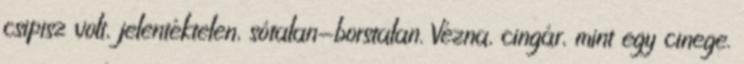
csipisz volt, jelentéktelen, sótalan-borstalan. Vézna, cingár, mint egy cinege.